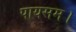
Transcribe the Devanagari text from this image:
पायसम।